Reports on military cantonments and civil stations in the Presidency of Bombay inspected by the Sanitary Commissioner in the years 1875 and 1876
Year: 1875
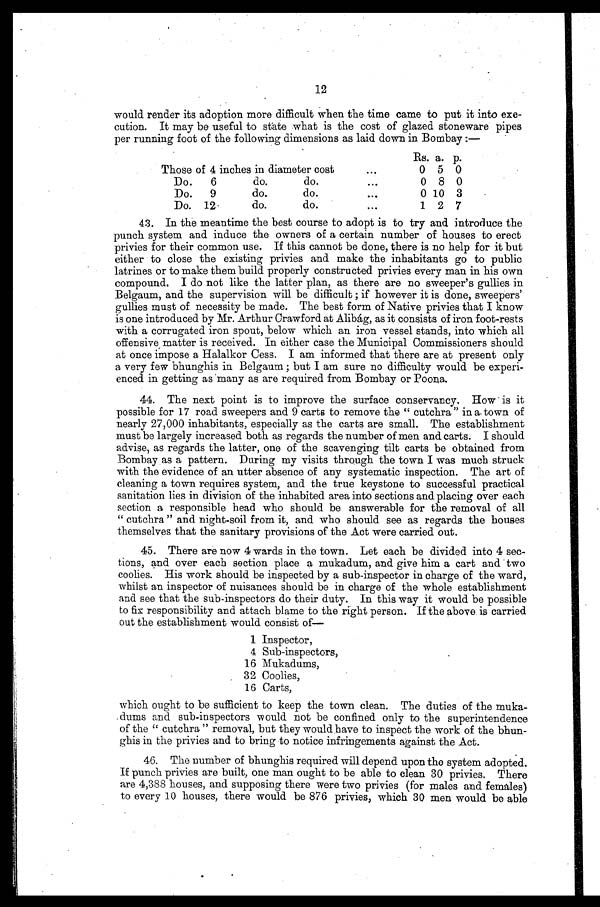
12
would render its adoption more difficult when the time came to put it into exe
-cution. It may be useful to state what is the cost of glazed stoneware pipes
per running foot of the following dimensions as laid down in Bombay :—
Rs. a.
p.
Those of 4 inches in diameter cost . . .
0
5
0
Do. 6 do. do. . . .
0
8
0
Do. 9 do. do. . . .
0 10
3
Do. 12 do. do. . . .
1
2
7
43. In the meantime the best course to adopt is to try and introduce the
punch system and induce the owners of a certain number of houses to erect
privies for their common use. If this cannot be done, there is no help for it but
either to close the existing privies and make the inhabitants go to public
latrines or to make them build properly constructed privies every man in his own
compound. I do not like the latter plan, as there are no sweeper's gullies in
Belgaum, and the supervision will be difficult; if however it is done, sweepers'
gullies must of necessity be made. The best form of Native privies that I know
is one introduced by Mr. Arthur Crawford at Alibág, as it consists of iron foot-rests
with a corrugated iron spout, below which an iron vessel stands, into which all
offensive, matter is received. In either case the Municipal Commissioners should
at once impose a Halalkor Cess. I am informed that there are at present only
a very few bhunghis in Belgaum; but I am sure no difficulty would be experi
- e n c e d i n g e t t i n g a s m a n y a s a r e r e q u i r e d f r o m B o m b a y o r P o o n a .
44. The next point is to improve the surface conservancy. How is it
possible for 17 road sweepers and 9 carts to remove the "cutchra" in a town of
nearly 27,000 inhabitants, especially as the carts are small. The establishment
must be largely increased both as regards the number of men and carts. I should
advise, as regards the latter, one of the scavenging tilt carts be obtained from
Bombay as a pattern. During my visits through the town I was much struck
with the evidence of an utter absence of any systematic inspection. The art of
cleaning a town requires system, and the true keystone to successful practical
sanitation lies in division of the inhabited area into sections and placing over each
section a responsible head who should be answerable for the removal of all
"cutchra" and night-soil from it, and who should see as regards the houses
themselves that the sanitary provisions of the Act were carried out.
45. There are now 4 wards in the town. Let each be divided into 4 sec
- t i o n s , a n d o v e r e a c h s e c t i o n p l a c e a m u k a d u m , a n d g i v e h i m a c a r t a n d t w o
coolies. His work should be inspected by a sub-inspector in charge of the ward,
whilst an inspector of nuisances should be in charge of the whole establishment
and see that the sub-inspectors do their duty. In this way it would be possible
to fix responsibility and attach blame to the right person. If the above is carried
out the establishment would consist of
—
1 Inspector,
4 Sub-inspectors,
16 Mukadums,
32 Coolies,
16 Carts,
which ought to be sufficient to keep the town clean. The duties of the muka
-dums and sub-inspectors would not be confined only to the superintendence
of the "cutchra" removal, but they would have to inspect the work of the bhun
-ghis in the privies and to bring to notice infringements against the Act.
46. The number of bhunghis required will depend upon the system adopted.
If punch privies are built, one man ought to be able to clean 30 privies. There
are 4,388 houses, and supposing there were two privies (for males and females)
to every 10 houses, there would be 876 privies, which 30 men would be able